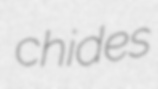
chides